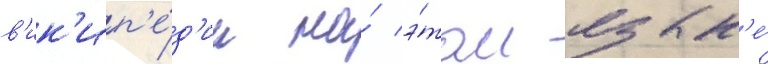
в'ик'ип'е́д'ии на́ э́том язык'е́